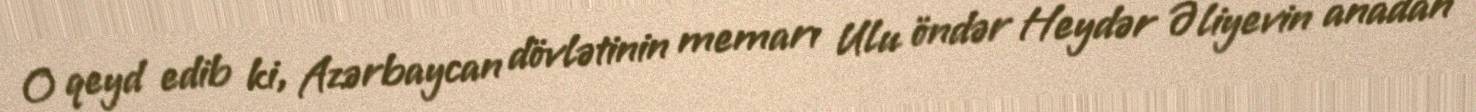
O qeyd edib ki, Azərbaycan dövlətinin memarı Ulu öndər Heydər Əliyevin anadan